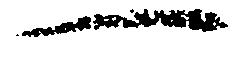
一